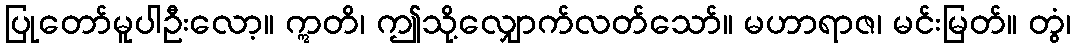
ပြုတော်မူပါဦးလော့။ ဣတိ၊ ဤသို့လျှောက်လတ်သော်။ မဟာရာဇ၊ မင်းမြတ်။ တွံ၊